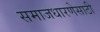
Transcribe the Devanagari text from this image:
समाजधारणेसाठी